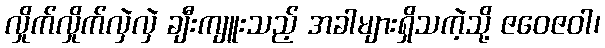
လှိုက်လှိုက်လှဲလှဲ ချီးကျူးသည့် အခါများရှိသကဲ့သို့ ဇဝေဇဝါ၊